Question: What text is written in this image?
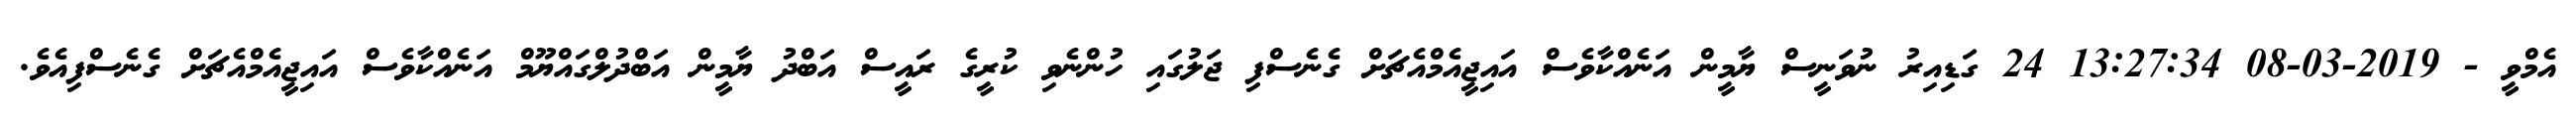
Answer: އެމްވީ - 2019-03-08 13:27:34 24 ގަޑިއިރު ނުވަނީސް ޔާމީން އަނެއްކާވެސް އައިޖީއެމްއެޗަށް ގެނެސްފި ޖަލުގައި ހުންނެވި ކުރީގެ ރައީސް އަބްދު ޔާމީން އަބްދުލްގައްޔޫމް އަނެއްކާވެސް އައިޖީއެމްއެޗަށް ގެނެސްފިއެވެ.